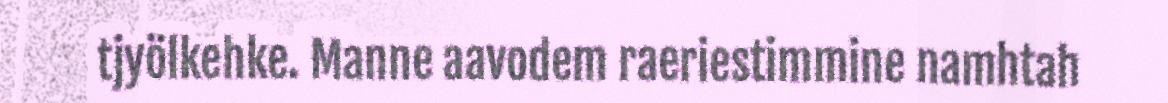
tjyölkehke. Manne aavodem raeriestimmine namhtah